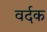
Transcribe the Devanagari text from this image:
वर्दक